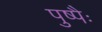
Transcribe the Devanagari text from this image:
पुष्पैः